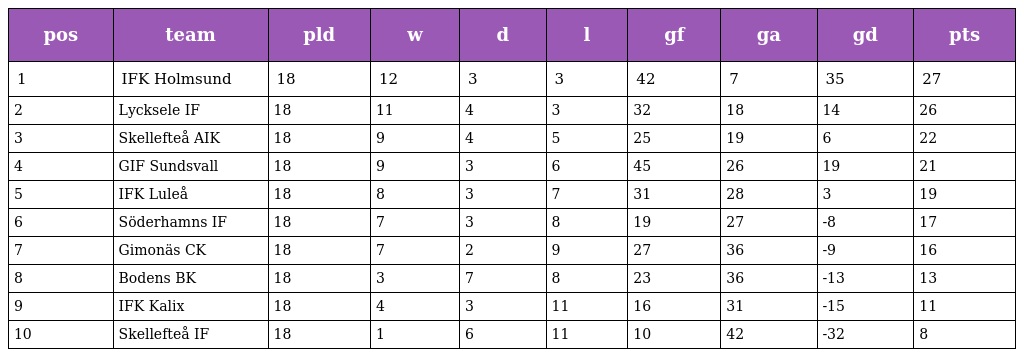
| pos | team | pld | w | d | l | gf | ga | gd | pts |
 | --- | --- | --- | --- | --- | --- | --- | --- | --- | --- |
 | 1 | IFK Holmsund | 18 | 12 | 3 | 3 | 42 | 7 | 35 | 27 |
 | 2 | Lycksele IF | 18 | 11 | 4 | 3 | 32 | 18 | 14 | 26 |
 | 3 | Skellefteå AIK | 18 | 9 | 4 | 5 | 25 | 19 | 6 | 22 |
 | 4 | GIF Sundsvall | 18 | 9 | 3 | 6 | 45 | 26 | 19 | 21 |
 | 5 | IFK Luleå | 18 | 8 | 3 | 7 | 31 | 28 | 3 | 19 |
 | 6 | Söderhamns IF | 18 | 7 | 3 | 8 | 19 | 27 | -8 | 17 |
 | 7 | Gimonäs CK | 18 | 7 | 2 | 9 | 27 | 36 | -9 | 16 |
 | 8 | Bodens BK | 18 | 3 | 7 | 8 | 23 | 36 | -13 | 13 |
 | 9 | IFK Kalix | 18 | 4 | 3 | 11 | 16 | 31 | -15 | 11 |
 | 10 | Skellefteå IF | 18 | 1 | 6 | 11 | 10 | 42 | -32 | 8 |